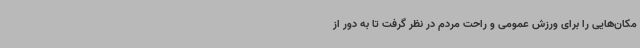
مکان‌هایی را برای ورزش عمومی و راحت مردم در نظر گرفت تا به دور از